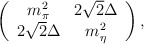
\begin{align*}\left( \begin{array}{cc}m^2_{\pi} & 2\sqrt{2}\Delta \\2 \sqrt{2}\Delta & m^2_{\eta}\end{array}\right),\end{align*}